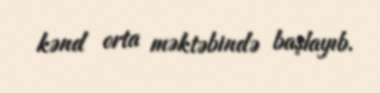
kənd orta məktəbində başlayıb.